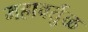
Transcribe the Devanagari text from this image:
महावर्तुळ